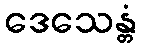
ဒေသေန္တံ